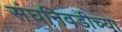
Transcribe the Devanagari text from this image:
संघनिवडीच्या